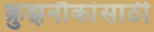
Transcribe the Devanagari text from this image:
क्रुझनौकांसाठी